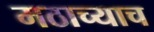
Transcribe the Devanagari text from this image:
मठाच्याच